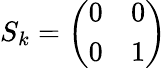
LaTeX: {{S}_{k}}=\left(\begin{array}{ll}{0}&{0}\\ {0}&{1}\end{array}\right)